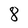
Character: 8